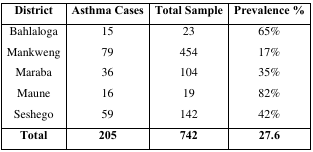
<table><thead><tr><td><b>District</b></td><td><b>Asthma Cases</b></td><td><b>Total Sample</b></td><td><b>Prevalence %</b></td></tr></thead><tbody><tr><td>Bahlaloga</td><td>15</td><td>23</td><td>65%</td></tr><tr><td>Mankweng</td><td>79</td><td>454</td><td>17%</td></tr><tr><td>Maraba</td><td>36</td><td>104</td><td>35%</td></tr><tr><td>Maune</td><td>16</td><td>19</td><td>82%</td></tr><tr><td>Seshego</td><td>59</td><td>142</td><td>42%</td></tr><tr><td><b>Total</b></td><td><b>205</b></td><td><b>742</b></td><td><b>27.6</b></td></tr></tbody></table>